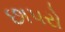
છાપરો